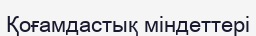
Қоғамдастық міндеттері